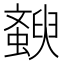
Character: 斔